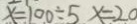
x = 1 0 0 \div 5 x = 2 0